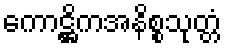
ကောဋ္ဌိကအနိစ္စသုတ္တံ